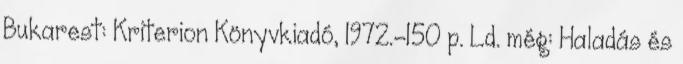
Bukarest: Kriterion Könyvkiadó, 1972.-150 p. Ld. még: Haladás és